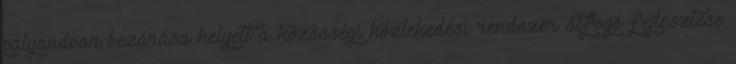
pályaudvar bezárása helyett a közösségi közlekedési rendszer átfogó fejlesztése